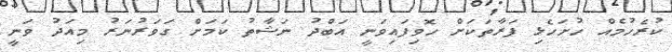
ކުރެހުމެއް ހުށަހެޅި ފަރާތަކަށް ހޮވިފައިވަނީ އަބްދު ނަޝާތު ކަމަށް ގަވަރުނަރު މިއަދު ވަނީ